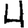
Digit: 4